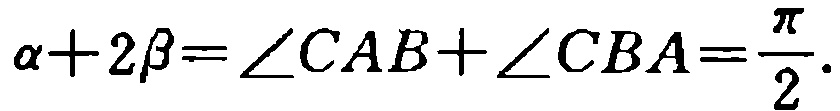
\(\alpha + 2\beta=\angle CAB+\angle CBA=\frac{\pi}{2}.\)